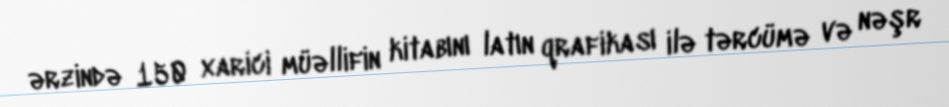
ərzində 150 xarici müəllifin kitabını latın qrafikası ilə tərcümə və nəşr